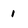
Character: I